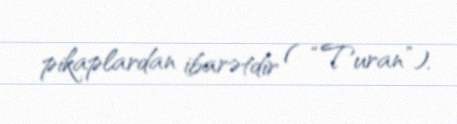
pikaplardan ibarətdir ( “Turan”).